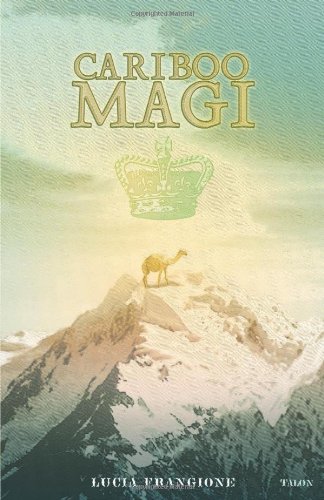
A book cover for Cariboo Magi; Lucia Frangione; Literature & Fiction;